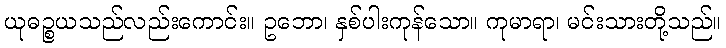
ယုဓဉ္စယသည်လည်းကောင်း။ ဥဘော၊ နှစ်ပါးကုန်သော။ ကုမာရာ၊ မင်းသားတို့သည်။